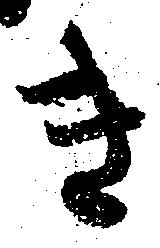
き